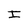
Character: I